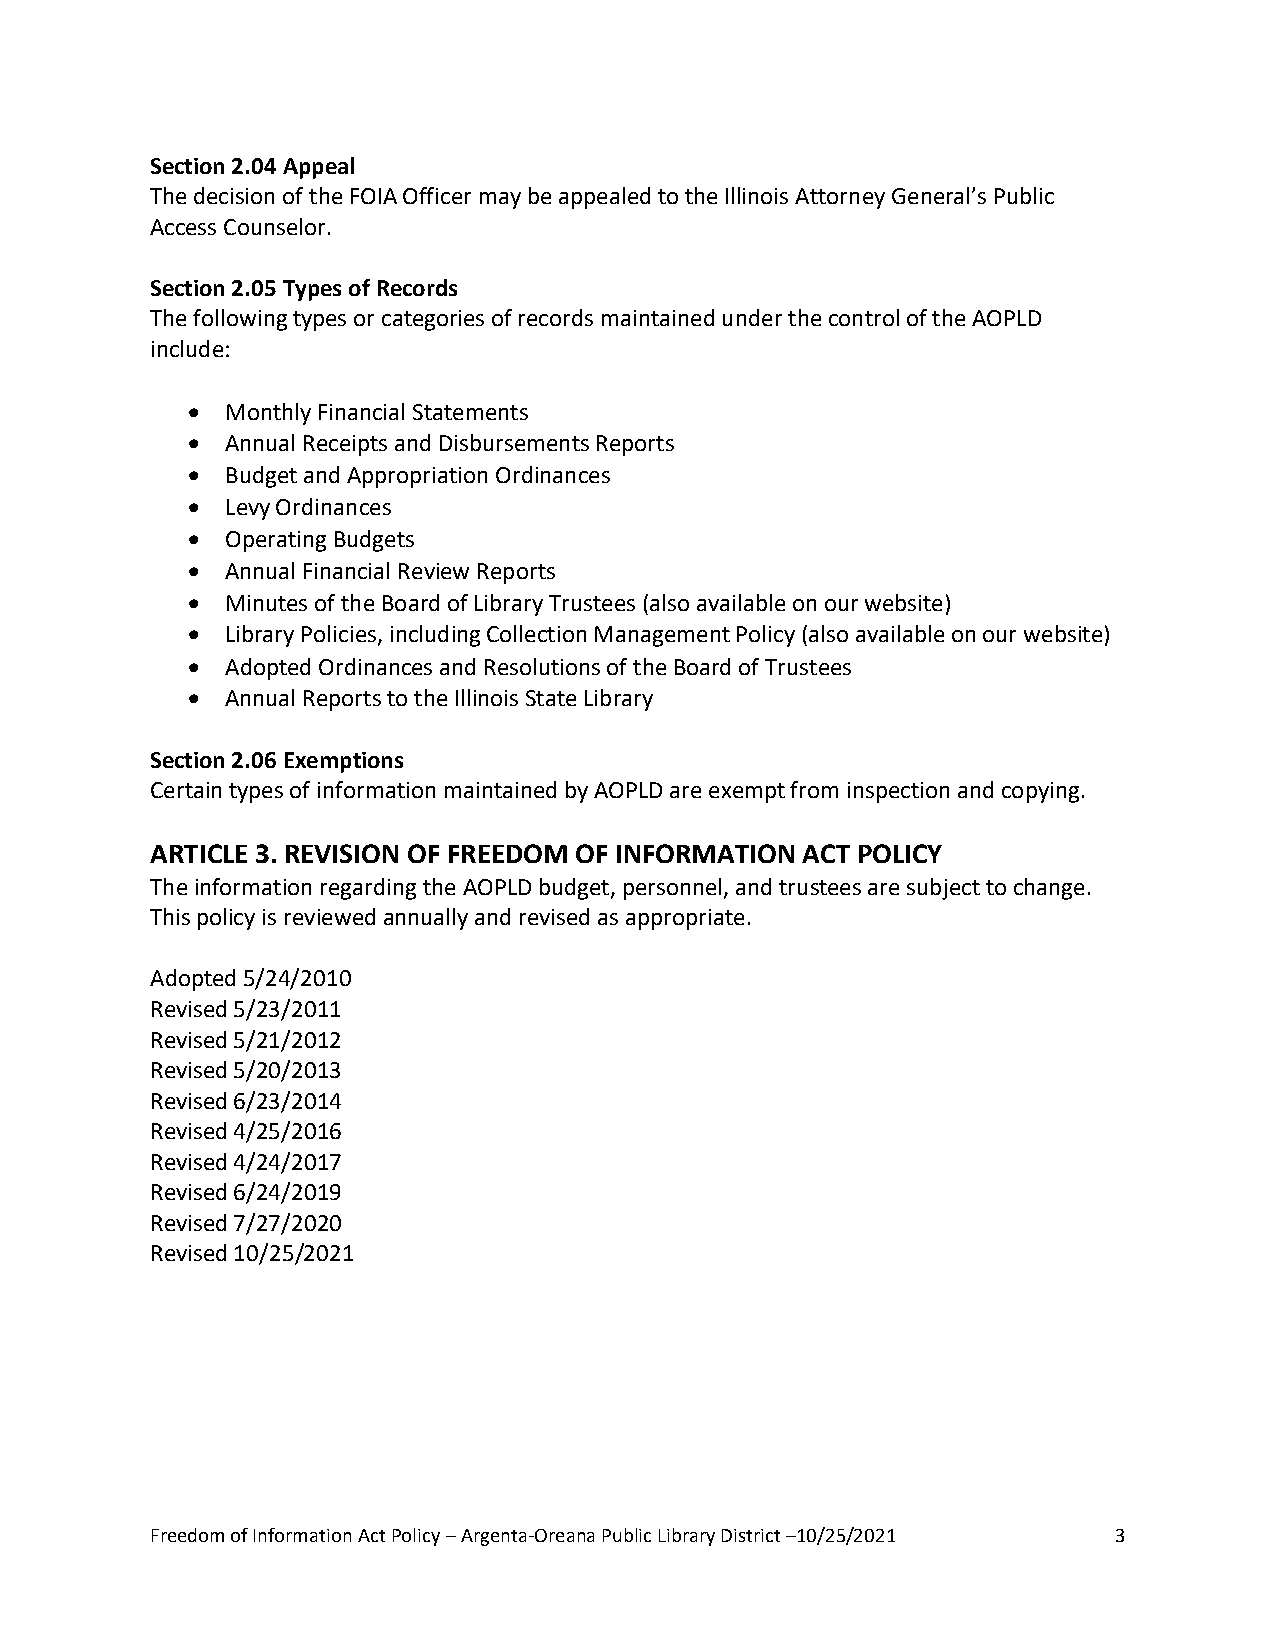
Section 2.04 Appeal
 The decision of the FOIA Officer may be appealed to the Illinois Attorney General’s Public
 Access Counselor.
 Section 2.05 Types of Records
 The following types or categories of records maintained under the control of the AOPLD
 include:
   Monthly Financial Statements
   Annual Receipts and Disbursements Reports
   Budget and Appropriation Ordinances
   Levy Ordinances
   Operating Budgets
   Annual Financial Review Reports
   Minutes of the Board of Library Trustees (also available on our website)
   Library Policies, including Collection Management Policy (also available on our website)
   Adopted Ordinances and Resolutions of the Board of Trustees
   Annual Reports to the Illinois State Library
 Section 2.06 Exemptions
 Certain types of information maintained by AOPLD are exempt from inspection and copying.
 ARTICLE 3. REVISION OF FREEDOM OF INFORMATION ACT POLICY
 The information regarding the AOPLD budget, personnel, and trustees are subject to change.
 This policy is reviewed annually and revised as appropriate.
 Adopted 5/24/2010
 Revised 5/23/2011
 Revised 5/21/2012
 Revised 5/20/2013
 Revised 6/23/2014
 Revised 4/25/2016
 Revised 4/24/2017
 Revised 6/24/2019
 Revised 7/27/2020
 Revised 10/25/2021
 Freedom of Information Act Policy – Argenta-Oreana Public Library District –10/25/2021 3